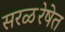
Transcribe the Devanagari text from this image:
सरळरेषेत